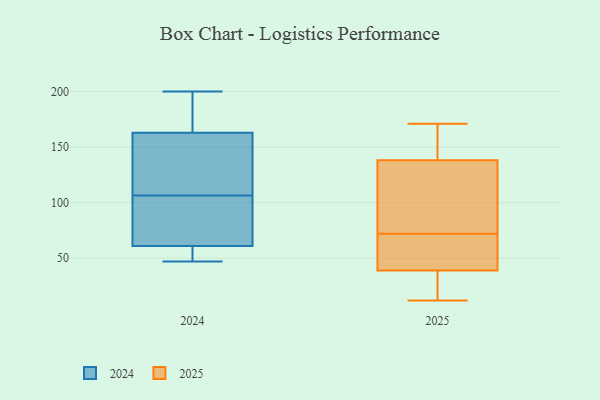
{"axis": {"x": "Bounce Rate (%)", "y": "Value"}, "legend": ["2024", "2025"], "data": [{"x": "", "y": 59, "type": "2024"}, {"x": "", "y": 118, "type": "2024"}, {"x": "", "y": 200, "type": "2024"}, {"x": "", "y": 194, "type": "2024"}, {"x": "", "y": 47, "type": "2024"}, {"x": "", "y": 95, "type": "2024"}, {"x": "", "y": 61, "type": "2024"}, {"x": "", "y": 148, "type": "2024"}, {"x": "", "y": 63, "type": "2024"}, {"x": "", "y": 195, "type": "2024"}, {"x": "", "y": 49, "type": "2024"}, {"x": "", "y": 88, "type": "2024"}, {"x": "", "y": 153, "type": "2024"}, {"x": "", "y": 163, "type": "2024"}, {"x": "", "y": 143, "type": "2025"}, {"x": "", "y": 167, "type": "2025"}, {"x": "", "y": 93, "type": "2025"}, {"x": "", "y": 45, "type": "2025"}, {"x": "", "y": 72, "type": "2025"}, {"x": "", "y": 32, "type": "2025"}, {"x": "", "y": 171, "type": "2025"}, {"x": "", "y": 150, "type": "2025"}, {"x": "", "y": 51, "type": "2025"}, {"x": "", "y": 50, "type": "2025"}, {"x": "", "y": 30, "type": "2025"}, {"x": "", "y": 58, "type": "2025"}, {"x": "", "y": 17, "type": "2025"}, {"x": "", "y": 85, "type": "2025"}, {"x": "", "y": 124, "type": "2025"}, {"x": "", "y": 37, "type": "2025"}, {"x": "", "y": 12, "type": "2025"}, {"x": "", "y": 96, "type": "2025"}, {"x": "", "y": 149, "type": "2025"}]}